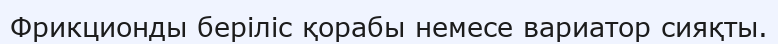
Фрикционды беріліс қорабы немесе вариатор сияқты.